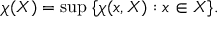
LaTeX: \chi ( X ) = \operatorname* { s u p } \; \{ \chi ( x , X ) : x \in X \} .